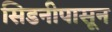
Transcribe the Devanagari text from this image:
सिडनीपासून